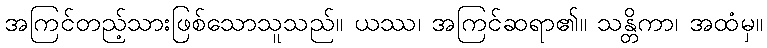
အကြင်တည့်သားဖြစ်သောသူသည်။ ယဿ၊ အကြင်ဆရာ၏။ သန္တိကာ၊ အထံမှ။